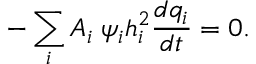
- \sum _ { i } A _ { i } \; \psi _ { i } h _ { i } ^ { 2 } \frac { d q _ { i } } { d t } = 0 .